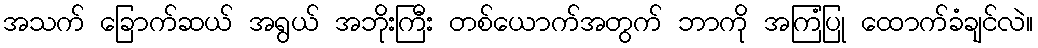
အသက် ခြောက်ဆယ် အရွယ် အဘိုးကြီး တစ်ယောက်အတွက် ဘာကို အကြံပြု ထောက်ခံချင်လဲ။